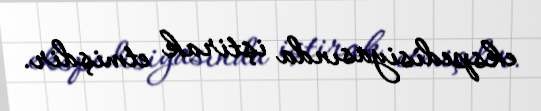
ekspedisiyasında iştirak etmişdir.